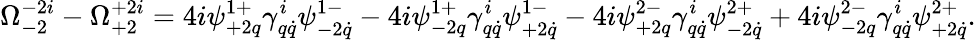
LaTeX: \Omega_{-2}^{-2i}-\Omega_{+2}^{+2i}=4i\psi_{+2q}^{1+}\gamma_{q\dot{q}}^{i}\psi_{-2\dot{q}}^{1-}-4i\psi_{-2q}^{1+}\gamma_{q\dot{q}}^{i}\psi_{+2\dot{q}}^{1-}-4i\psi_{+2q}^{2-}\gamma_{q\dot{q}}^{i}\psi_{-2\dot{q}}^{2+}+4i\psi_{-2q}^{2-}\gamma_{q\dot{q}}^{i}\psi_{+2\dot{q}}^{2+}.